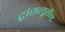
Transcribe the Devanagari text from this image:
ट्रांसलूसॅन्ट